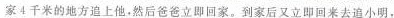
家4千米的地方追上他，然后爸爸立即回家。到家后又立即回来去追小明，